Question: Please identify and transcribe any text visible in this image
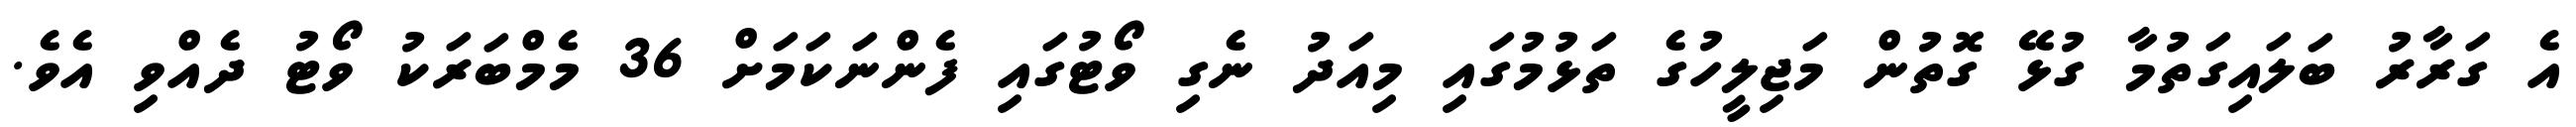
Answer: އެ ގަރާރު ބަލައިގަތުމާ ގުޅޭ ގޮތުން މަޖިލީހުގެ ތަޅުމުގައި މިއަދު ނެގި ވޯޓުގައި ފެންނަކަމަށް 36 މެމްބަރަކު ވޯޓު ދެއްވި އެވެ.